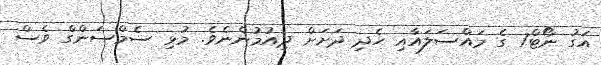
އަގު ނޯޓް7 ގެ މައްސަލައާއި ހެދި ދަށަށް ދިއުމުންނެވެ. މުޅި ސެމްސަންގް ވެސް